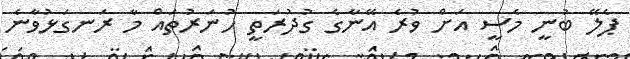
ޕެލޭ ބުނީ މެސީ އަށް ވުރެ އޭނާގެ ގުދުރަތީ ހުނަރުތައް މާ ރަނގަޅުވާނެ